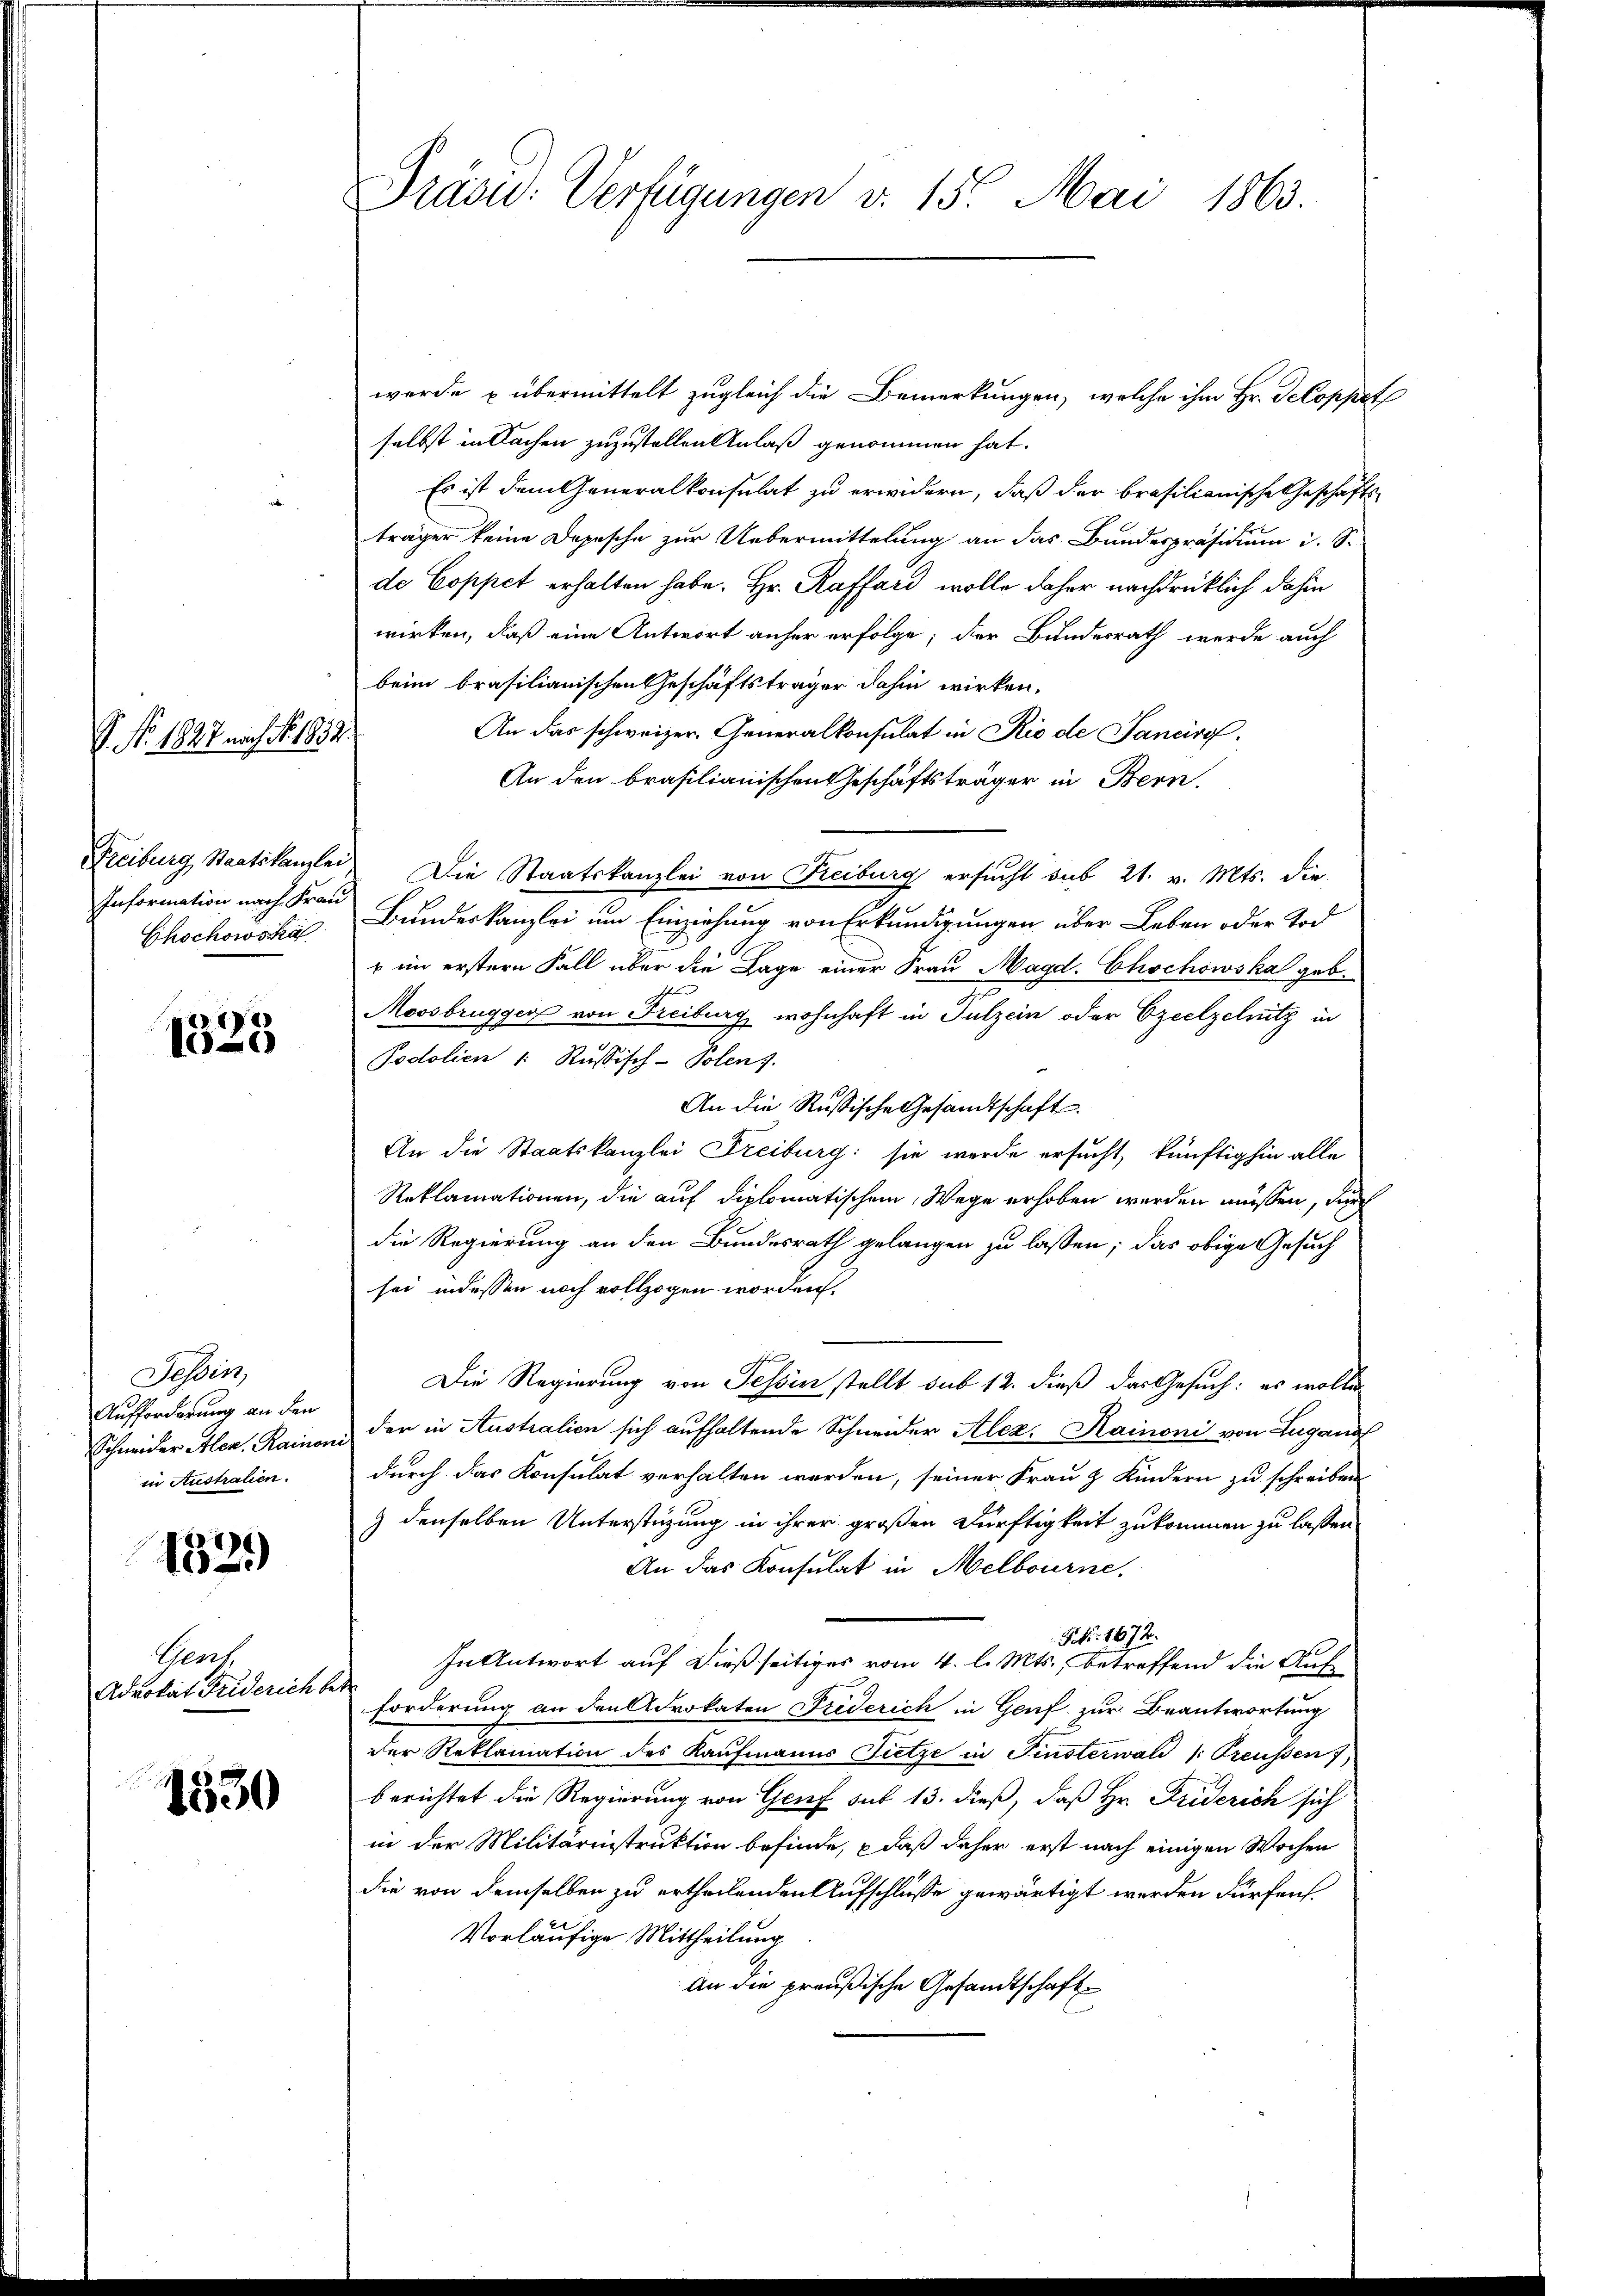
S. Nr. 1827. nach No. 1833.

Information nach Frau
Chochowska

12
10

Tessin,
Aufforderung an den
in Australien.

1329)

Genf
Advokat Fuderich betr

1530

Präsid: Verfügungen v. 15. Mai 1863.

werde u übermittelt zugleich die Bemerkungen, welche ihm Hr. Seloppet
selbst in Sachen zuzustellen Anlaß genommen hat.
Es ist dem Generalkonsulat zu erwidern, daß der brasilianische Geschäfts-
träger keine Depesche zur Uebermittelung an das Bundespräsidium i. S.
de Coppet erhalten habe. Hr. Raffard wolle daher nachdrücklich dahin
wirken, daß eine Antwort anher erfolge; der Bundesrath werde auch
beim brasilianischen Geschäftsträger dahin wirken,
An das schweizer. Generalkonsulat in Rio de Janeiro
An den brasilianischen Geschäftsträger in Bern.
Freiburg Staatskanzlei. Die Staatskanzlei von Freiburg ersucht sub 21. v. Mts. die
Bundeskanzlei um Einziehung von Erkundigungen über Leben oder Tod
u im erstern Fall über die Lage einer Frau Magd. Chochowska geb.
d
Moosbrugger von Freiburg wohnhaft in Sulzein oder Czeelzelwitz in
Podolien 1: Russisch-Polenz.
An die Rußische Gesandtschaft.
An die Staatskanzlei Freiburg: sie werde ersucht, künftighin alle
Reklamationen, die auf diplomatischem Wege erhoben werden müssen, durch
die Regierung an den Bundesrath gelangen zu lassen; das obige Gesuch
sei indessen noch vollzogen worden.
e
t
Die Regierung von Tessin stellt sub 12. dieß das Gesuch: es wolle
Schneider Alen. Rainon der in Australien sich aufhaltende Schneider Alex. Hainoni von Lugano
durch das Konsulat verhalten werden, seiner Frau & Kindern zu schreiben
9 denselben Unterstüzung in ihrer großen Dürftigkeit zukommen zu lassen
An das Konsulat in Melbourne.
P. Nr. 1672.
In Antwort auf dießseitiges vom 4. l. Mts., betreffend die Aufforderung an den Adrokaten Friderich in Genf zur Beantwortung
der Reklamation des Kaufmanns Fietze in Finsterwald (: Preussen,
berichtet die Regierung von Genf sut 13. dieß, daß Hr. Friderich sich
in der Militärinstruktion befinde, daß daher erst nach einigen Wochen
die von demselben zu ertheilenden Aufschlüsse gewärtigt werden dürfens¬
Vorläufige Mittheilung
An die preußische Gesandtschaft